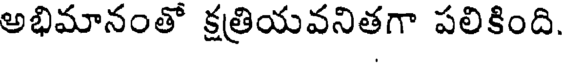
అభిమానంతో క్షత్రియవనితగా పలికింది.